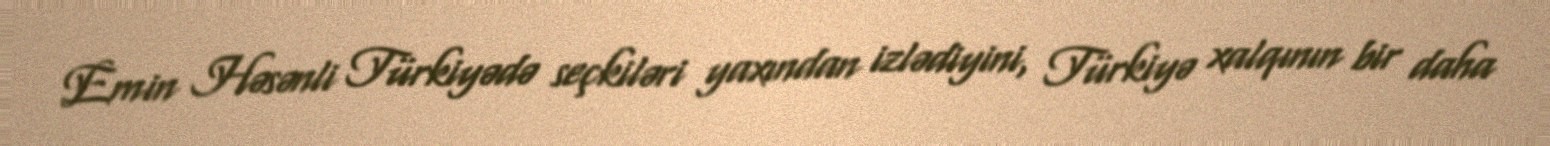
Emin Həsənli Türkiyədə seçkiləri yaxından izlədiyini, Türkiyə xalqının bir daha